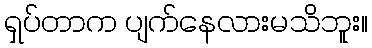
ရှပ်တာက ပျက်နေလားမသိဘူး။